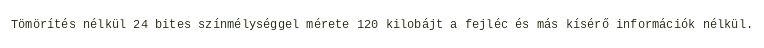
Tömörítés nélkül 24 bites színmélységgel mérete 120 kilobájt a fejléc és más kísérő információk nélkül.